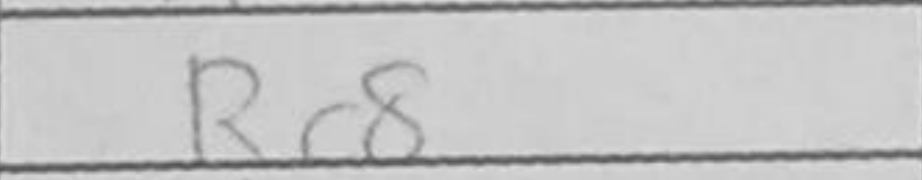
Transcription: Rc8